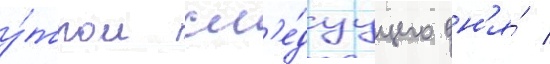
у́тром сл'е́дуущего дн'я́ /